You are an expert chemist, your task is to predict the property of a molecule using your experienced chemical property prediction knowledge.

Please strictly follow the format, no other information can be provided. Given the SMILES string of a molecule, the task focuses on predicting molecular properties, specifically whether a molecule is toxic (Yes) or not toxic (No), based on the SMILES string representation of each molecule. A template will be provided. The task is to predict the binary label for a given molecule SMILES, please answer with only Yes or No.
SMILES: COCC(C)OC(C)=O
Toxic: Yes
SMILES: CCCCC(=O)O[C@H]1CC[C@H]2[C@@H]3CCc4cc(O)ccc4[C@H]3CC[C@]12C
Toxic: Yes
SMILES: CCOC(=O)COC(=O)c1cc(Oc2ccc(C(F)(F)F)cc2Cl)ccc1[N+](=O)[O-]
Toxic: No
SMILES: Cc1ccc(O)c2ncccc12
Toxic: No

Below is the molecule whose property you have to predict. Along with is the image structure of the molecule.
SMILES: N#C/C(=C1\SCC(c2ccccc2Cl)S1)n1ccnc1
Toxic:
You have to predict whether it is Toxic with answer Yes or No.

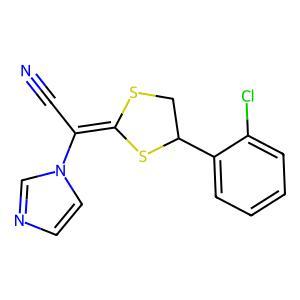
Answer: No